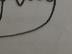
Signature authenticity: forged